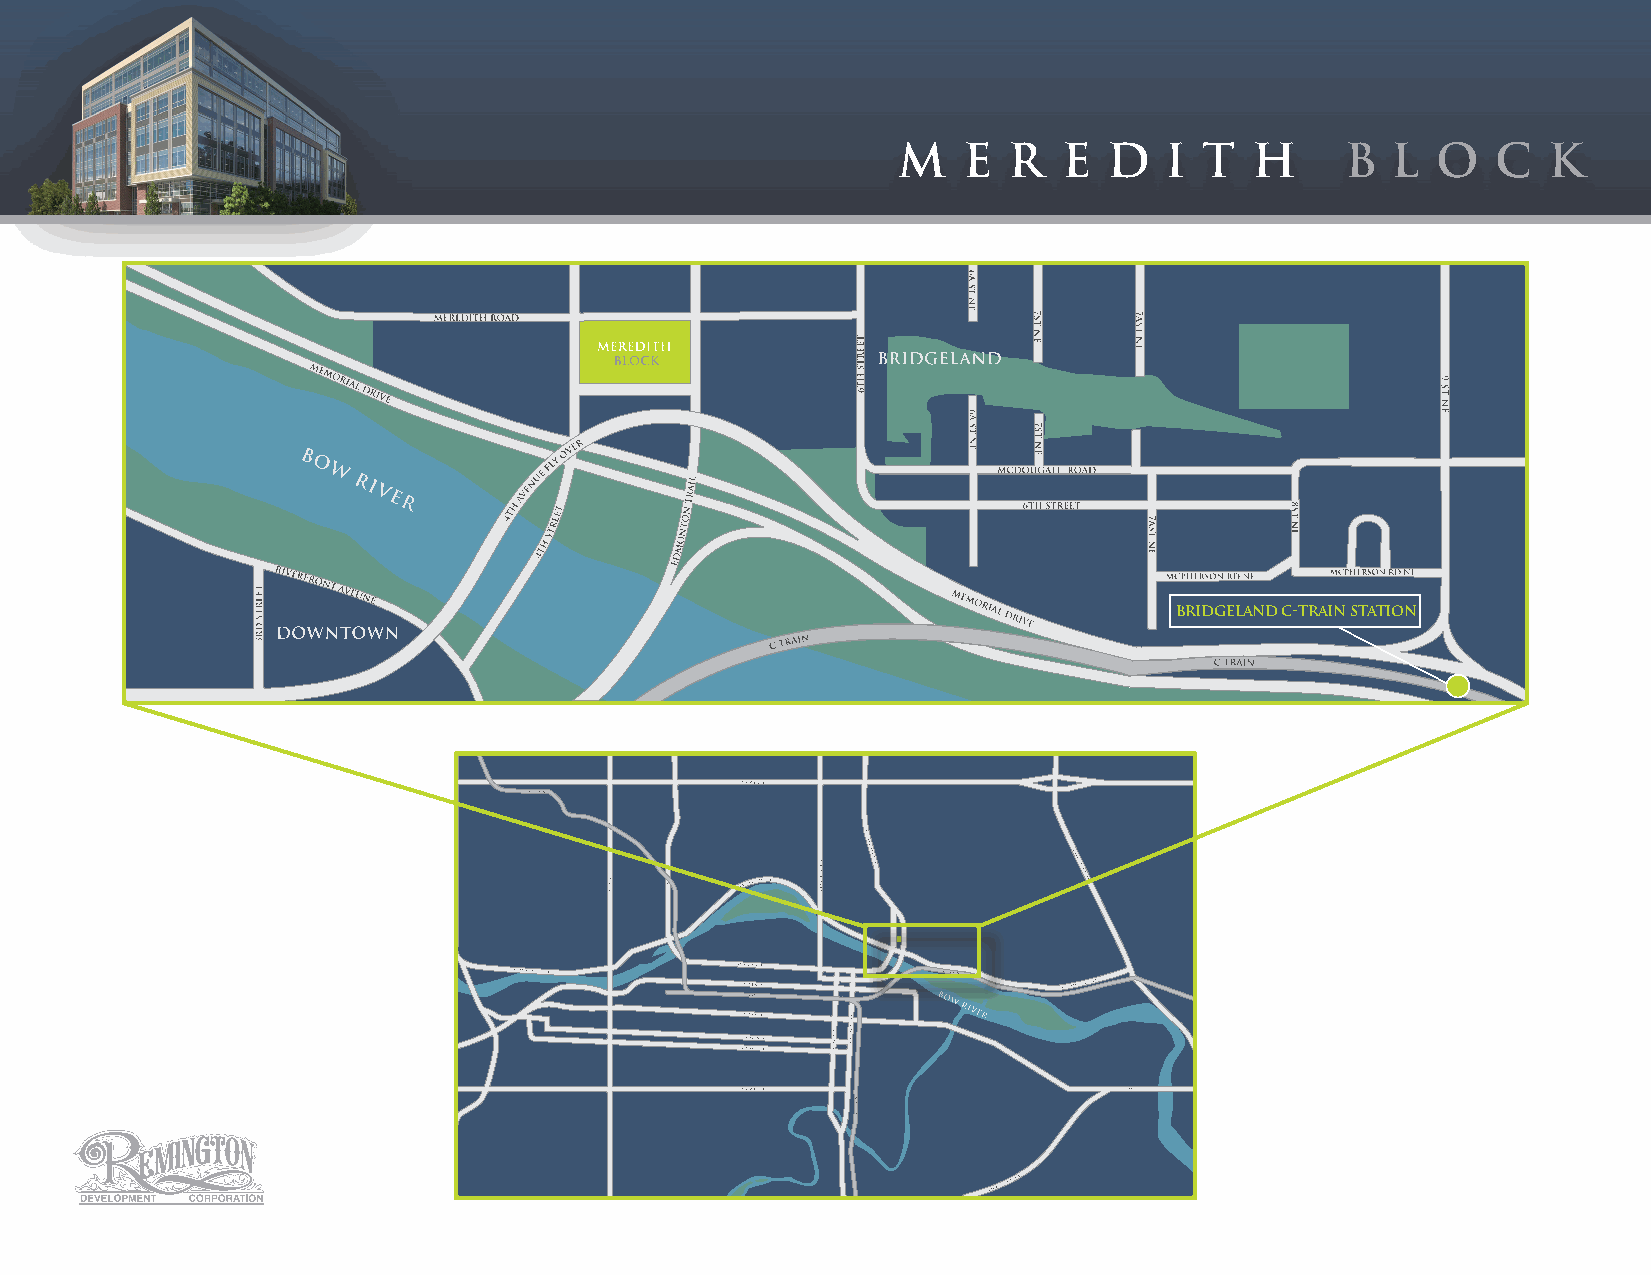
M    E  R  E  D   I  T  H     B  L  O   C  K
 BRIDGELAND C-TRAIN STATION
 mcpherson rd ne